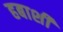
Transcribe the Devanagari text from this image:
हबाशी